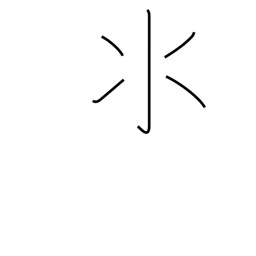
Meaning: water radical variant (no. 85)